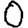
Digit: 0